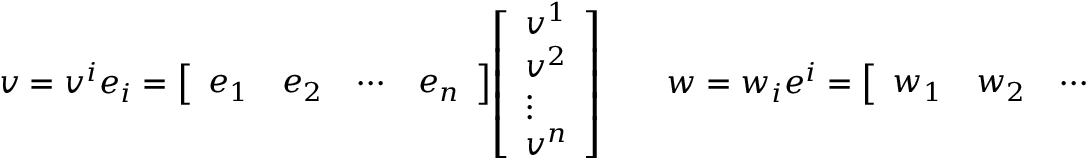
v = v ^ { i } e _ { i } = { \left[ \begin{array} { l l l l } { e _ { 1 } } & { e _ { 2 } } & { \cdots } & { e _ { n } } \end{array} \right] } { \left[ \begin{array} { l } { v ^ { 1 } } \\ { v ^ { 2 } } \\ { \vdots } \\ { v ^ { n } } \end{array} \right] } \qquad w = w _ { i } e ^ { i } = { \left[ \begin{array} { l l l l } { w _ { 1 } } & { w _ { 2 } } & { \cdots } & { w _ { n } } \end{array} \right] } { \left[ \begin{array} { l } { e ^ { 1 } } \\ { e ^ { 2 } } \\ { \vdots } \\ { e ^ { n } } \end{array} \right] }